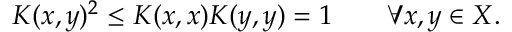
K ( x , y ) ^ { 2 } \leq K ( x , x ) K ( y , y ) = 1 \qquad \forall x , y \in X .